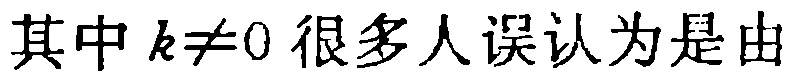
其中 \(k\neq0\) 很多人误认为是由